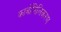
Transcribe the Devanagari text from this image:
कार्बोनिलिकरण